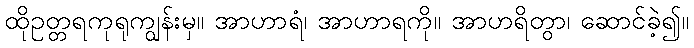
ထိုဥတ္တရကုရုကျွန်းမှ။ အာဟာရံ၊ အာဟာရကို။ အာဟရိတွာ၊ ဆောင်ခဲ့၍။